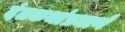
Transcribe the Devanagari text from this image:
दंतकथांप्रमाणे